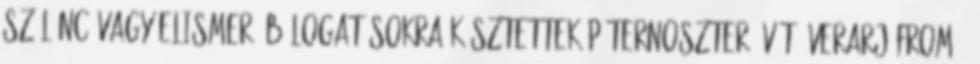
Szólánc vagy elismerő bólogatásokra késztettek Páternoszter, Vót, Verarjúfrom .